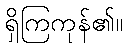
ရှိကြကုန်၏။